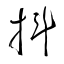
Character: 抖